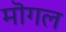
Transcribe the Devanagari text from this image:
मॊगल